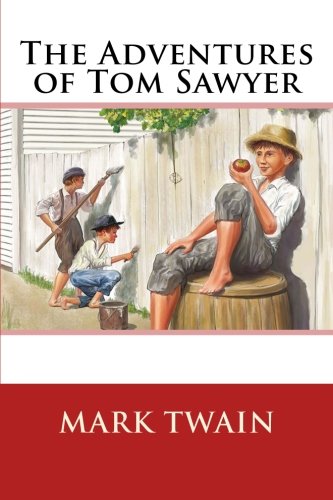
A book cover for The Adventures of Tom Sawyer; Mark Twain; Literature & Fiction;